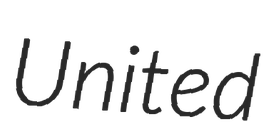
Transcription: United